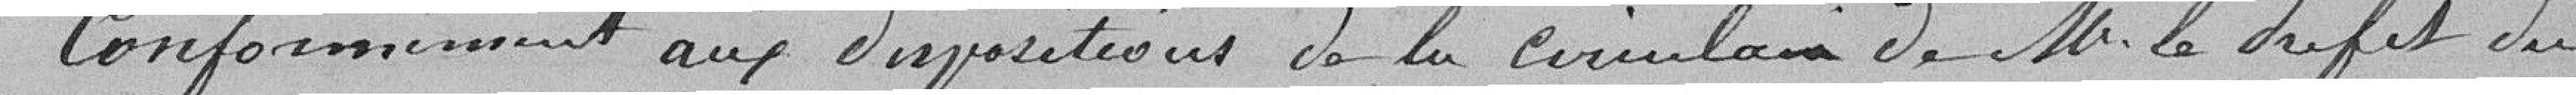
Conformément aux dispositions de la circulaire de M. le Préfet du